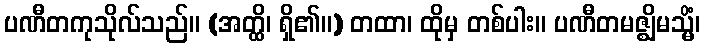
ပဏီတကုသိုလ်သည်။ (အတ္ထိ၊ ရှိ၏။) တထာ၊ ထိုမှ တစ်ပါး။ ပဏီတမဇ္ဈိမသ္မိံ၊